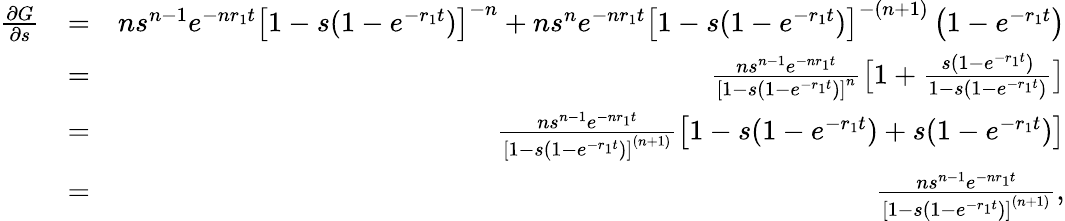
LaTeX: \begin{array}{rlr}{\frac{\partial G}{\partial s}}&{=}&{ns^{n-1}e^{-nr_{1}t}\left[1-s(1-e^{-r_{1}t})\right]^{-n}+ns^{n}e^{-nr_{1}t}\left[1-s(1-e^{-r_{1}t})\right]^{-(n+1)}\left(1-e^{-r_{1}t}\right)}\\ &{=}&{\frac{ns^{n-1}e^{-nr_{1}t}}{\left[1-s(1-e^{-r_{1}t})\right]^{n}}\big[1+\frac{s(1-e^{-r_{1}t})}{1-s(1-e^{-r_{1}t})}\big]}\\ &{=}&{\frac{ns^{n-1}e^{-nr_{1}t}}{\left[1-s(1-e^{-r_{1}t})\right]^{(n+1)}}\left[1-s(1-e^{-r_{1}t})+s(1-e^{-r_{1}t})\right]}\\ &{=}&{\frac{ns^{n-1}e^{-nr_{1}t}}{\left[1-s(1-e^{-r_{1}t})\right]^{(n+1)}},}\end{array}